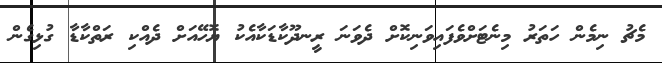
މެޗު ނިމެން ހަތަރު މިނެޓަށްވެފައިވަނިކޮށް ދެވަނަ ރީނދޫކާޑަކާއެކު ޔޮހޭއަށް ދެއްކި ރަތްކާޑާ ގުޅިގެން